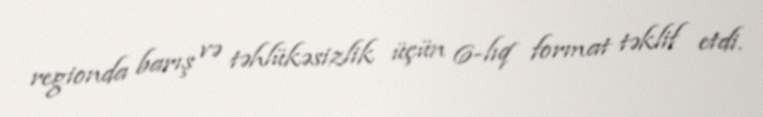
regionda barış və təhlükəsizlik üçün 6-lıq format təklif etdi.